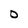
Character: 0